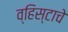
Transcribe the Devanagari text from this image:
व्हिस्टाचे